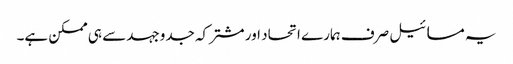
یہ مسائیل صرف ہمارے اتحاد اور مشترکہ جدوجہد سے ہی ممکن ہے۔